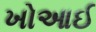
ખોઆઈ